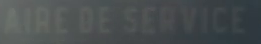
AIRE DE SERVICE